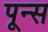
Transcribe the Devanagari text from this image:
पून्स